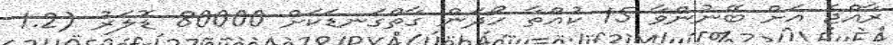
ރާއްޖެ އަށް ބޭނުންވާ 15 ކުއްތާ ހޯދަން ގާތްގަނޑަކަށް 80000 ޑޮލަރު (1.2